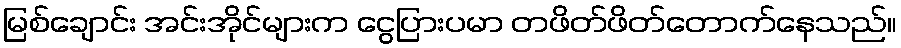
မြစ်ချောင်း အင်းအိုင်များက ငွေပြားပမာ တဖိတ်ဖိတ်တောက်နေသည်။